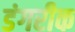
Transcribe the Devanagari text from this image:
डंगरीक